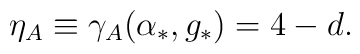
\eta_A\equiv\gamma_A(\alpha_*,g_*)=4-d.